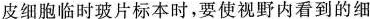
皮细胞临时玻片标本时，要使视野内看到的细